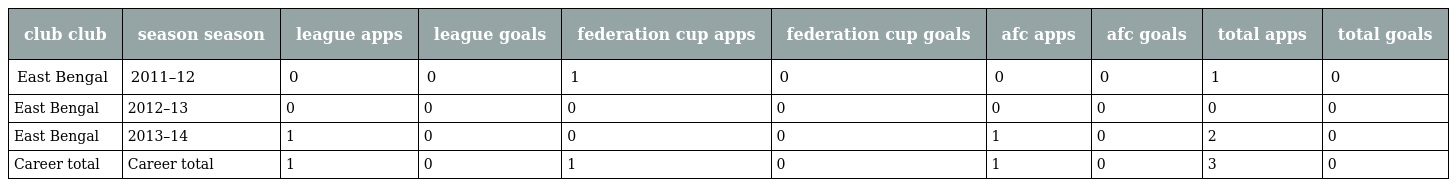
| club club | season season | league apps | league goals | federation cup apps | federation cup goals | afc apps | afc goals | total apps | total goals |
 | --- | --- | --- | --- | --- | --- | --- | --- | --- | --- |
 | East Bengal | 2011–12 | 0 | 0 | 1 | 0 | 0 | 0 | 1 | 0 |
 | East Bengal | 2012–13 | 0 | 0 | 0 | 0 | 0 | 0 | 0 | 0 |
 | East Bengal | 2013–14 | 1 | 0 | 0 | 0 | 1 | 0 | 2 | 0 |
 | Career total | Career total | 1 | 0 | 1 | 0 | 1 | 0 | 3 | 0 |